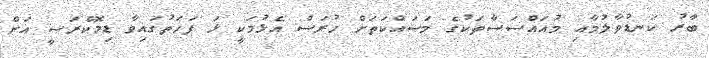
ބާރު ކަނޑުވާލުމާއި މުއައްސަސާތަކުގެ މަސައްކަތަށް ހުރަސް އެޅުމަކީ ޅަ ފަހަތުގައިވާ ޑިމޮކްރަސީ އަށް